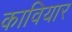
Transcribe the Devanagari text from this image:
कावियार